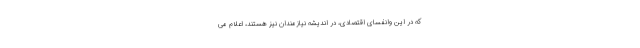
که در این وانفسای اقتصادی، در اندیشه نیازمندان نیز هستند، اعلام می